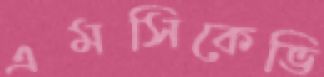
এমসিকেভি